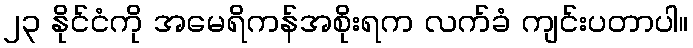
၂၃ နိုင်ငံကို အမေရိကန်အစိုးရက လက်ခံ ကျင်းပတာပါ။